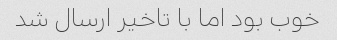
خوب بود اما با تاخیر ارسال شد